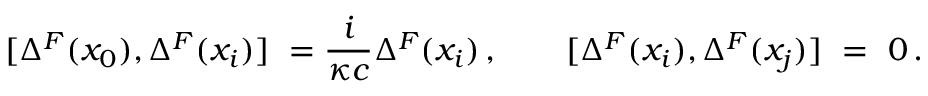
[ \Delta ^ { F } ( x _ { 0 } ) , \Delta ^ { F } ( x _ { i } ) ] \ = \- \frac { i } { \kappa c } \Delta ^ { F } ( x _ { i } ) \, , \qquad [ \Delta ^ { F } ( x _ { i } ) , \Delta ^ { F } ( x _ { j } ) ] \ = \ 0 \, .